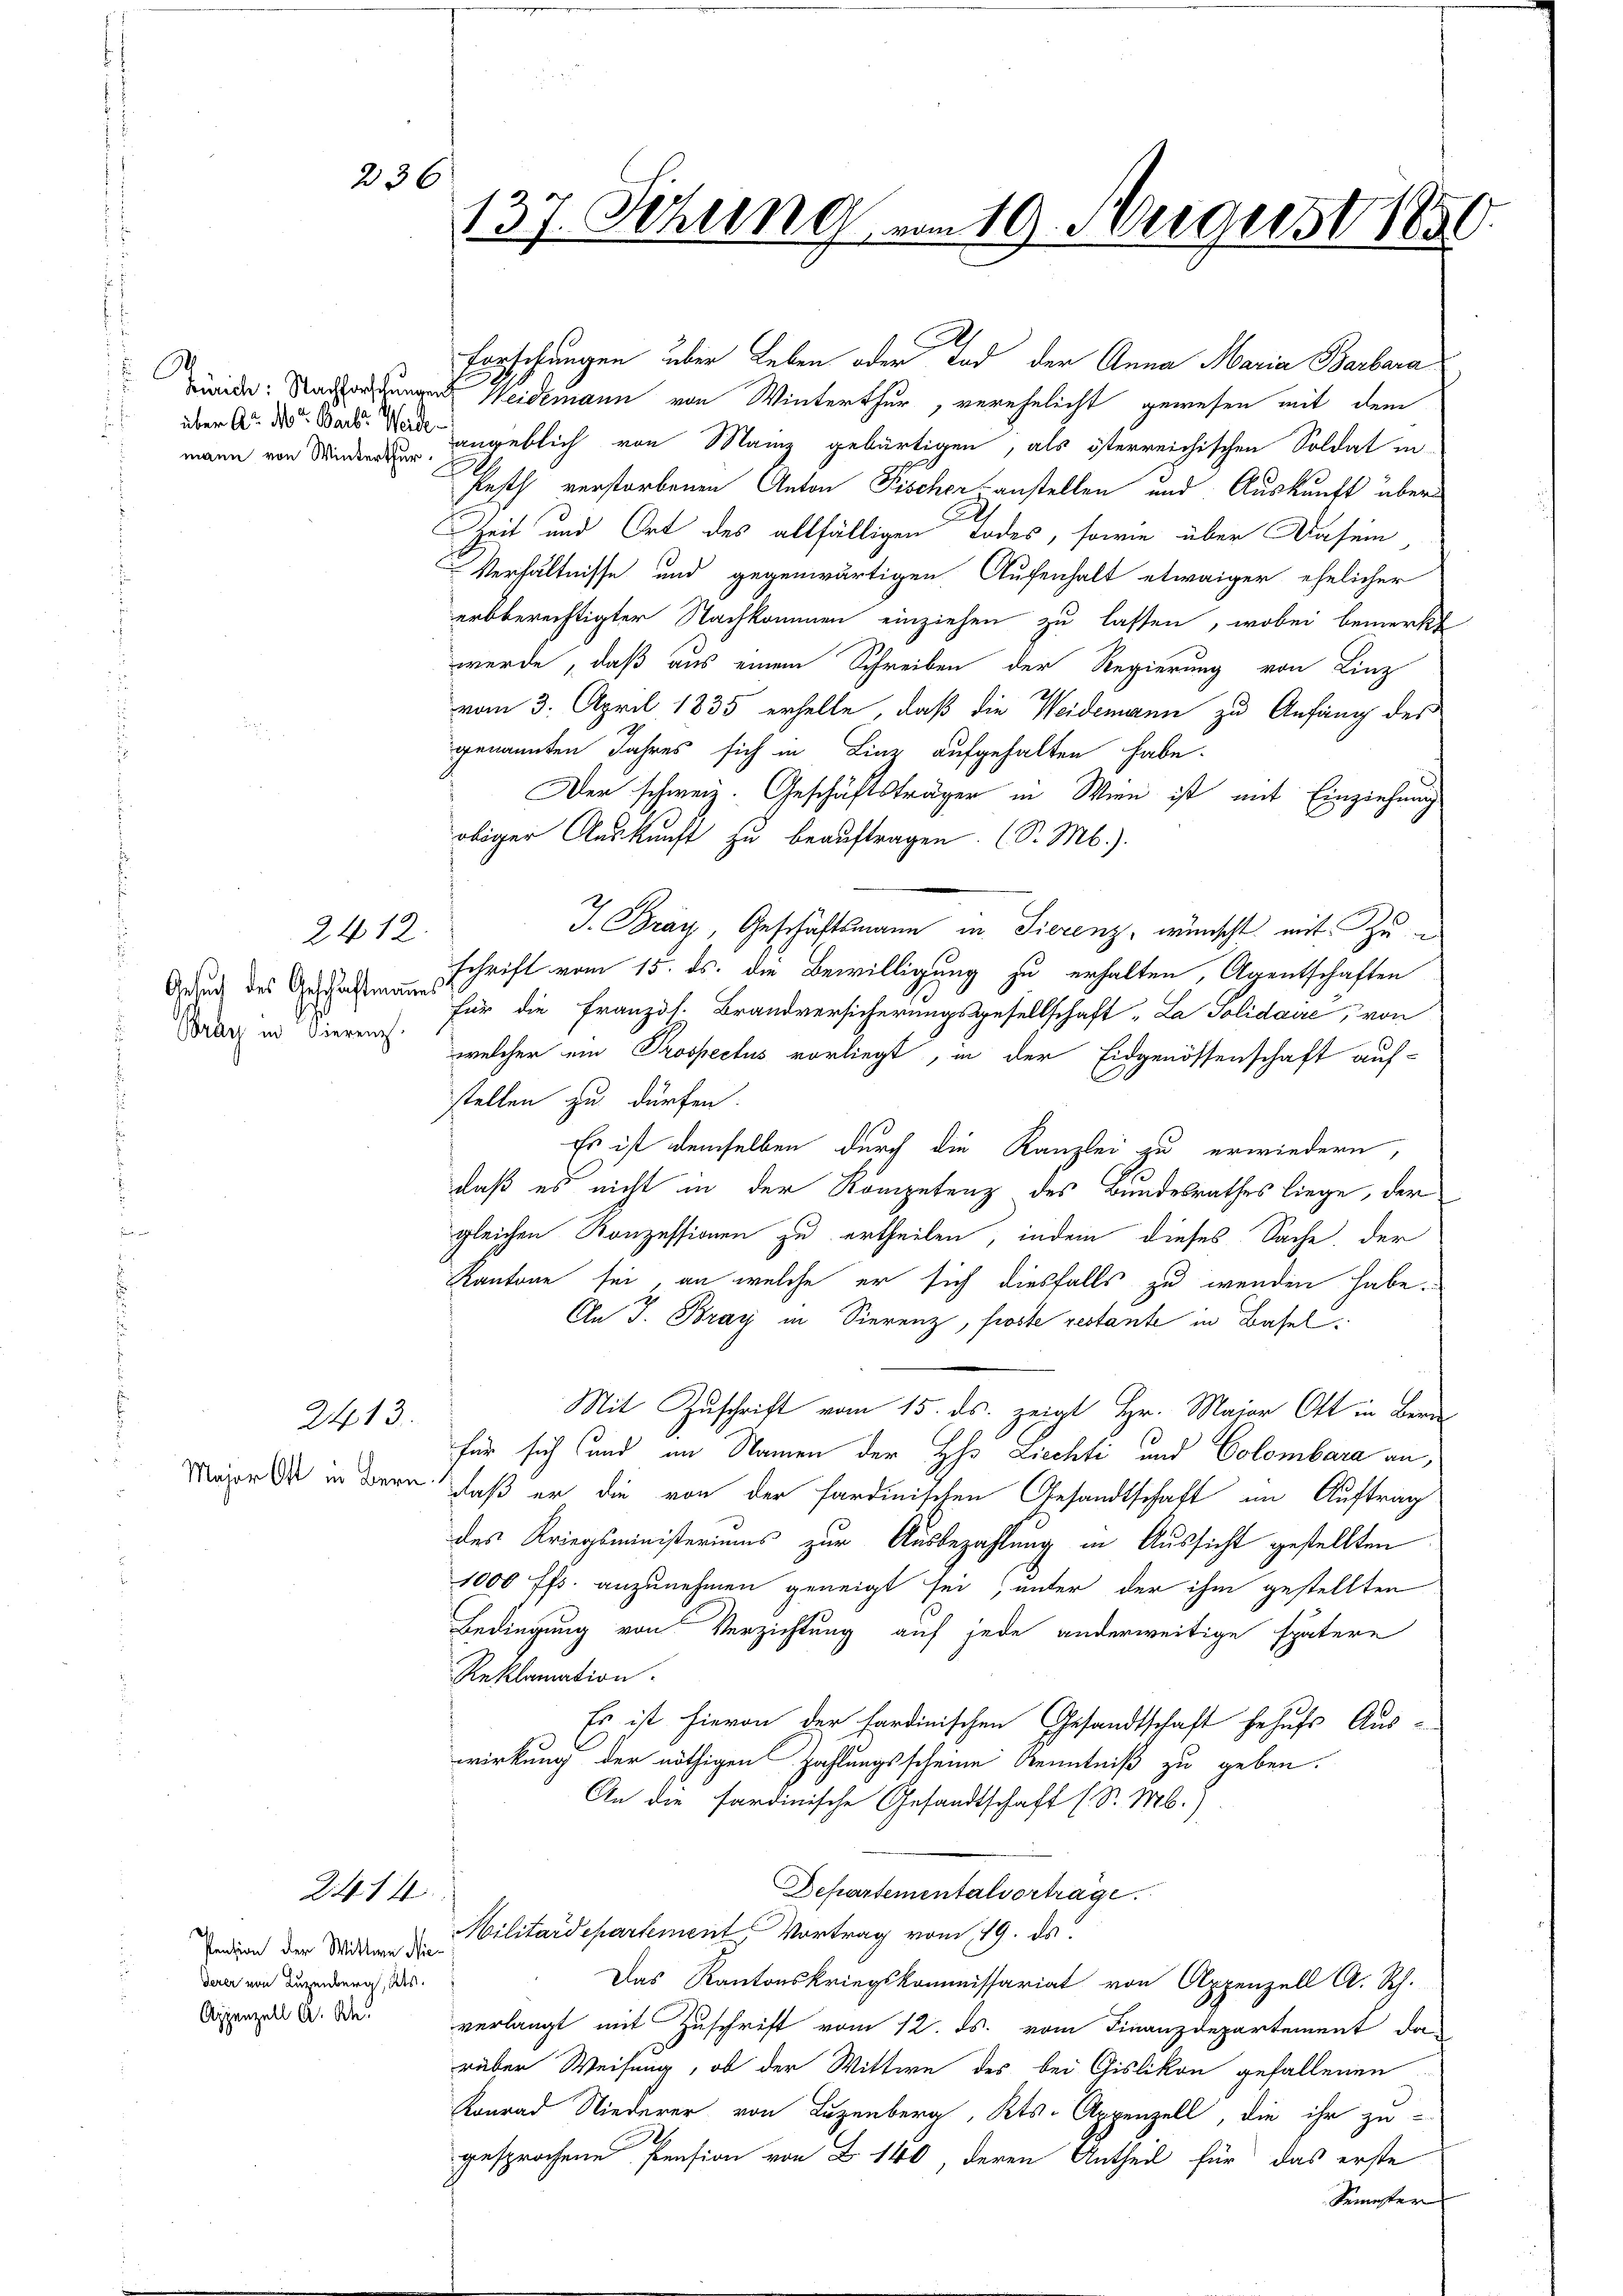
137. Sitzung vom 19. August 188

236

Forschungen über Leben oder Tod der Anna Maria Barbara

de: Nachforschungen Weidemann von Winterthur, verehelicht gewesen mit dem
angeblich von Mainz gebürtigen, als österreichischen Soldat in-
Pesth verstorbenen Anton Fischer anstellen und Auskunft über
Zeit und Ort des allfälligen Todes, sowie über Dasein
Verhältnisse und gegenwärtigen Aufenhalt etwaiger ehelicher
erbberechtigter Nachkommen einziehen zu lassen, wobei bemerkt
werde, daß aus einem Schreiben der Regierung von Linz
vom 3. April 1835 erhelle, daß die Weidemann zu Anfang des
genannten Jahres sich in Linz aufgehalten habe.
Der schweiz. Geschäftsträger in Wien ist mit Einziehung
obiger Auskunft zu beauftragen. (S. M.).
J. Bray, Geschäftsmann in Tierenz, wünscht mit Zu
schrift vom 15. ds. die Bewilligung zu erhalten, Agentschaften
für die Französ. Brandversicherungsgesellschaft „La Polidaire, von
welcher ein Prospectus vorliegt, in der Eidgenossenschaft auf-
stellen zu dürfen.
Es ist demselben durch die Kanzlei zu erwiedern,
daß es nicht in der Kompetenz des Bundesrathes liege, der
gleichen Konzessionen zu ertheilen, indem dieses Sache, der
Kantone sei, an welche er sich diesfalls zu wenden habe.
An J. Bray in Sierenz, froste restante in Basel¬
Mit Zuschrift vom 15. ds. zeigt Hr. Maier Ott in Beri
für sich und im Namen der Hhs Ziechti und Colombara an,
daß er die von der sardinischen Gesandtschaft im Auftrag
des Kriegsministeriums zur Ausbezahlung in Aussicht gestellten
1000 ff. anzunehmen geneigt sei, unter der ihm gestellten
Bedingung von Verzichtung auf jede anderweitige spätere
Reklamation.
Es ist hievon der sardinischen Gesandtschaft behufs Aus-
wirkung der nöthigen Zahlungsscheine Kenntniß zu geben.
An die sardinische Gesandtschaft (S. Mb.)
Departementalvertrage
Militärdepartement Vortrag vom 19. ds.
Das Kantonskriegskommissariat von Appenzell A. Rh.
verlangt mit Zuschrift vom 12. ds. vom Finanzdepartement da
rüber Weisung, ob der Wittwe des bei Gislikon gefallenen
Konrad Niederer von Luzenberg, Kts. Appenzell, die ihr zu-
gesprochene Pension von B. 140 deren Antheil für das erste
Semester

a
über Art. Not. Bart? Werde
mann von Winterthur.
n

Gesuch des Geschäftmannen
Bray in Vierenz.

2412.

2413.
Major Ott in Bern

2414

Pension der Wittwe Niederer von Luzenberg, als
Appenzell A. Rh.